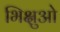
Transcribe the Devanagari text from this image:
भिक्षुओ